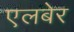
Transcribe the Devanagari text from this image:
एलबेर